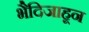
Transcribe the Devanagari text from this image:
भैदिजाहून